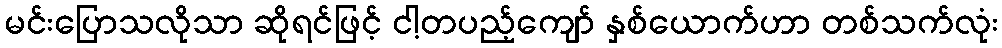
မင်းပြောသလိုသာ ဆိုရင်ဖြင့် ငါ့တပည့်ကျော် နှစ်ယောက်ဟာ တစ်သက်လုံး